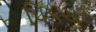
પિકચર